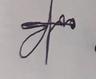
Signature authenticity: forged